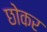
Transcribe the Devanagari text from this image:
छोकर